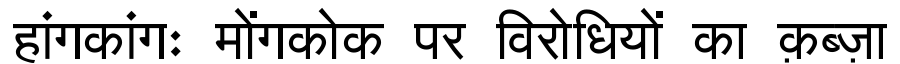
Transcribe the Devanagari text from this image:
हांगकांगः मोंगकोक पर विरोधियों का क़ब्ज़ा